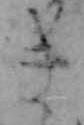
き